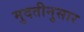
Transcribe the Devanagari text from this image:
मुदतीनुसार